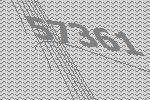
57361